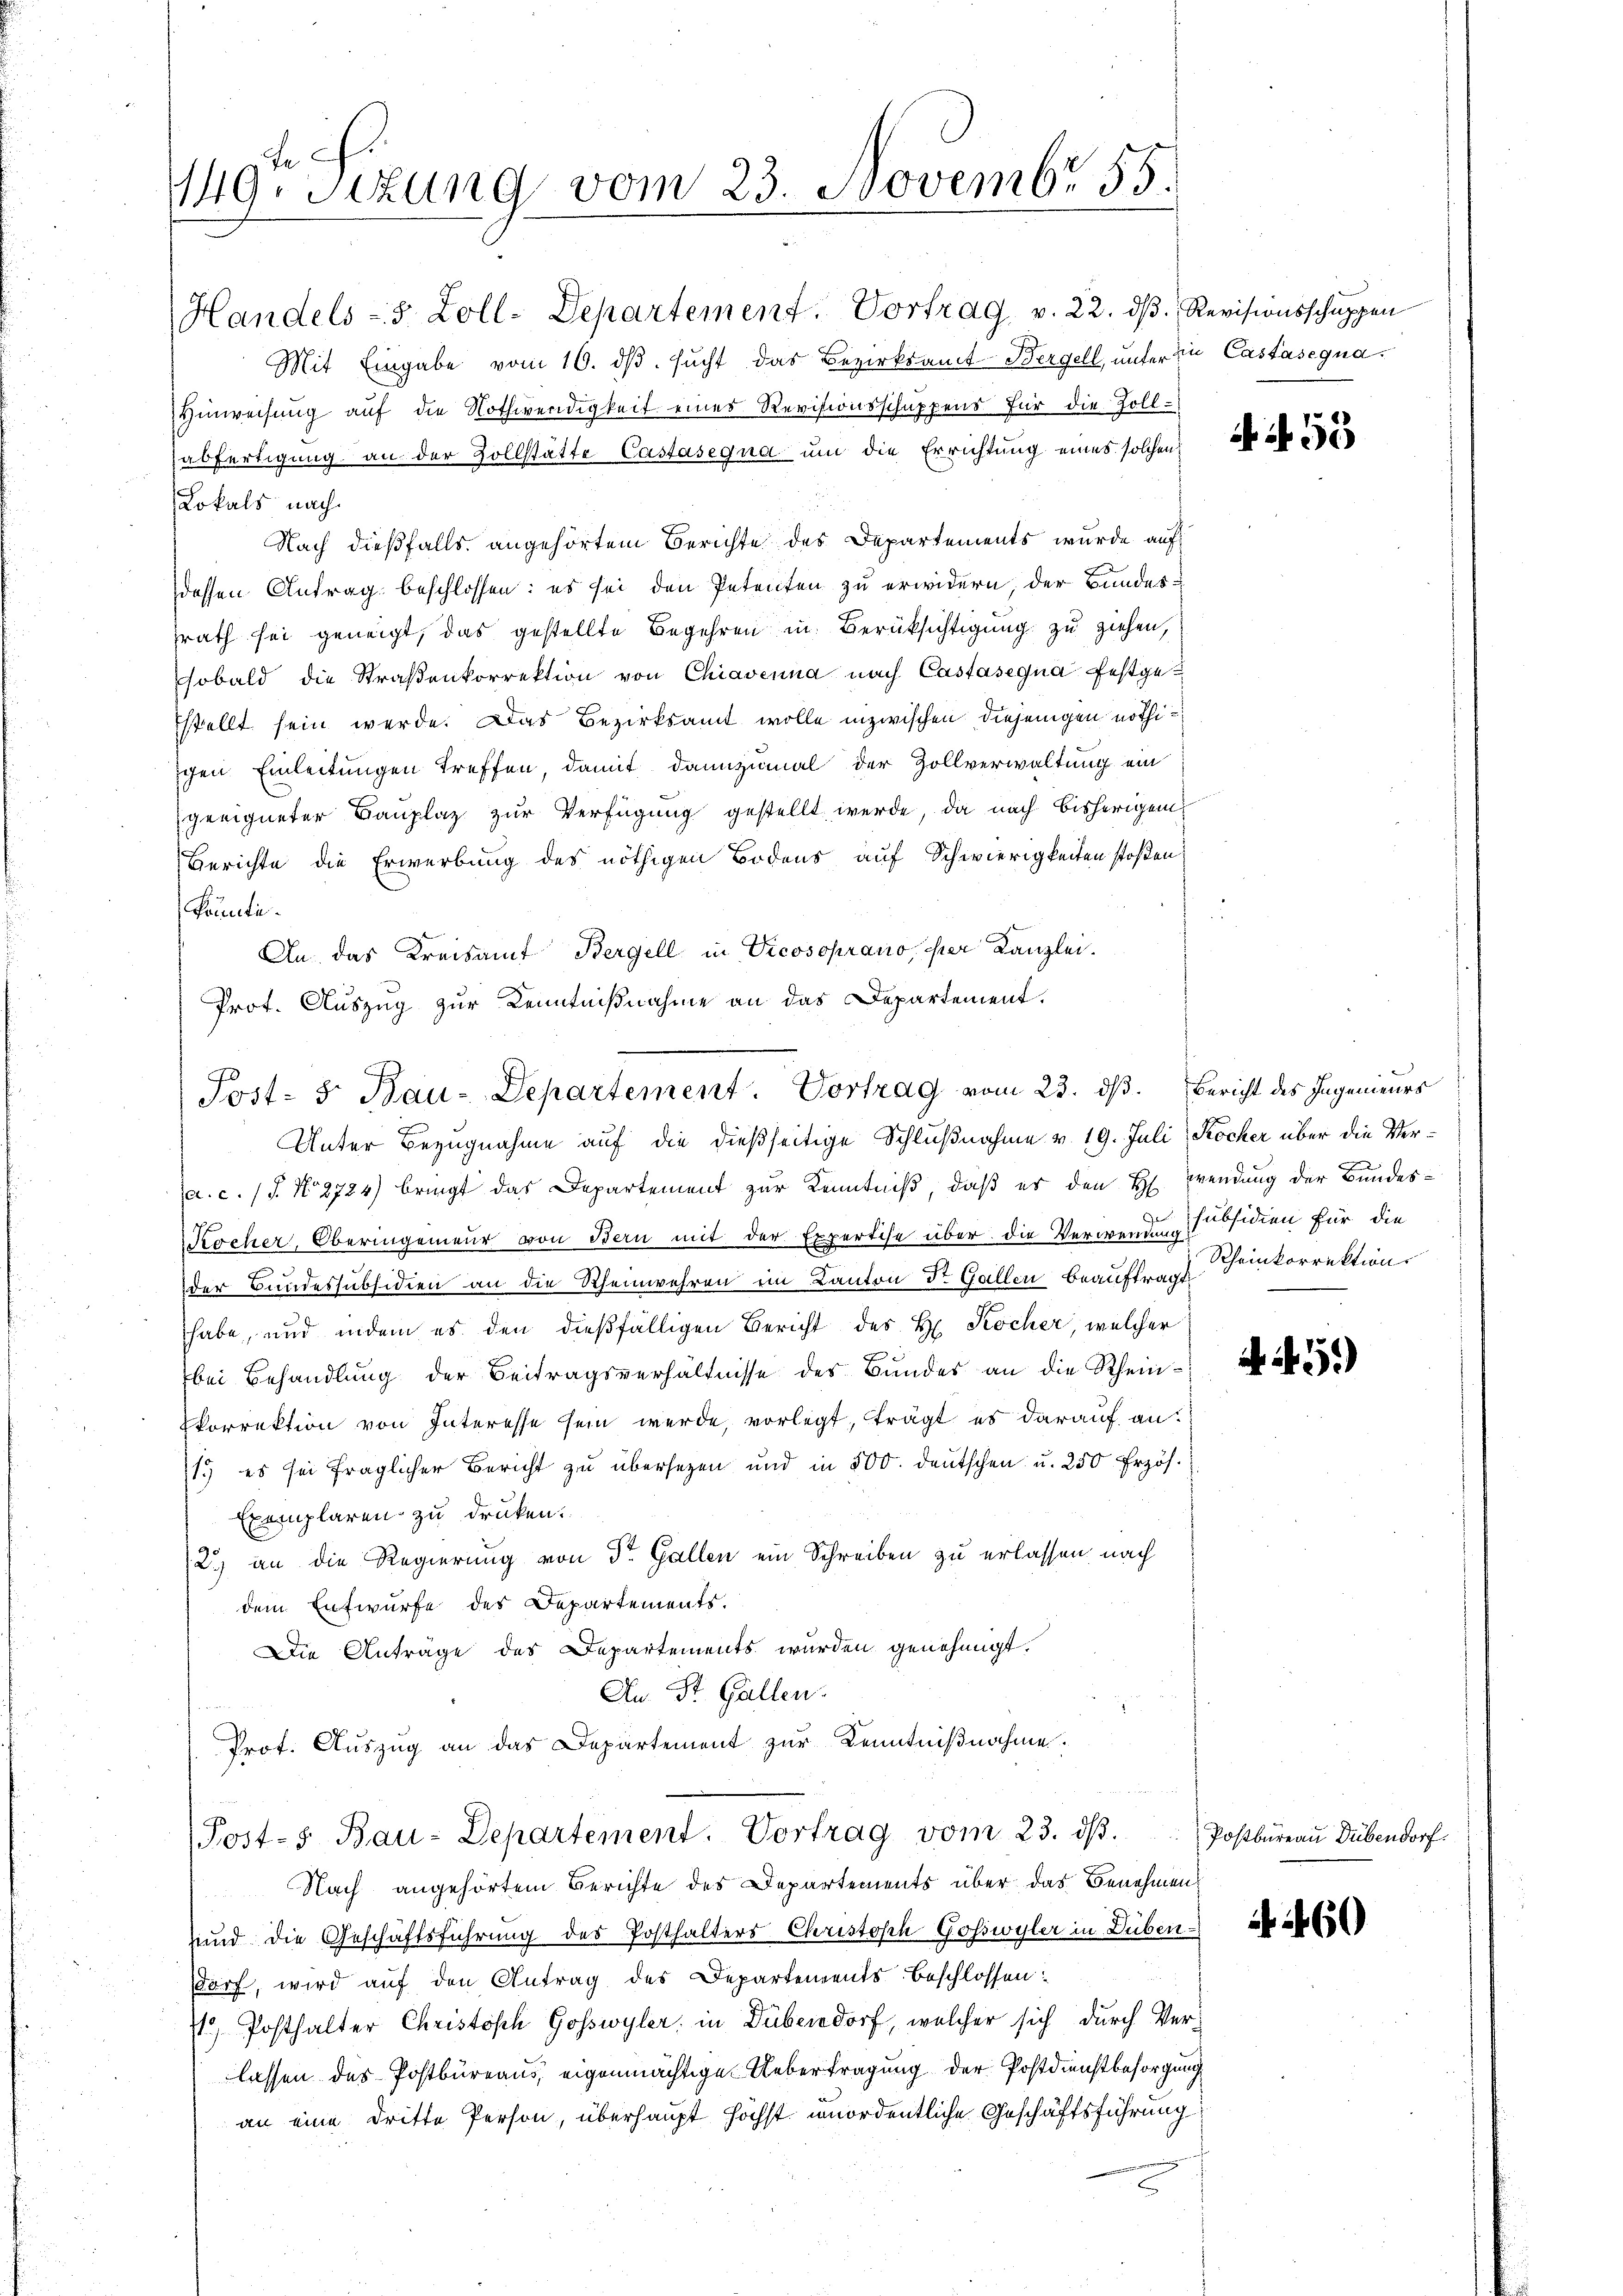
149. Sitzung vom 23. Novembr 55.

Handels- 5 Zoll-Departement. Vortrag v. 22. dß. Revisionsschuppen
Mit Eingabe vom 10. dβ. sucht das Bezirksamt Bergell, unter in Castasegna¬
Hinweisung auf die Nothwendigkeit eines Revisionsschuppens für die Zoll-
abfertigung an der Zollstätte Castasegna um die Errichtung eines solchen
Lokals nach
Nach dießfalls angehörtem Berichte des Departements wurde auf
dessen Antrag beschlossen: es sei den Petenten zu erwidern, der Bundessrath sei geneigt, das gestellte Begehren in Berüksichtigung zu ziehen,
sobald die Straβenkorrektion von Chiavenna nach Castasegna festgetstellt sein werde. Das Bezirksamt wolle inzwischen diejenigen nöthiichen Einleitungen treffen, damit dannzumal der Zollverwaltung ein
geeigneter Bauplaz zur Verfügung gestellt werde, da nach bisherigem
Berichte die Erwerbung des nöthigen Bodens auf Schwierigkeiten stoßen:
könnte.
An das Kreisamt Bergell in Vicosoprano, der Kanzlei.
Prot. Auszug zur Kenntnißnahme an das Departement.

Post- & Bau-Departement. Vortrag vom 23. ds. Bericht des Ingenieurs
Unter Bezugnahme auf die dießseitige Schlußnahme v. 19. Juli Kocher über die Ver¬

Post-s Bau-Departement. Vortrag vom 23. dβ.

a. c. (T. No. 2724) bringt das Departement zur Kenntniß, daß er den H. Wendung der Bundes¬
Kocher, Oberingenieur von Bern mit der Expertise über die Verwendung subsidien für die
der Bandessubsidien an die Rheinwehren im Kanton Dr. Gallen beauftragt
habe, und indem es den dießfälligen Bericht des H. Kocher, welcher
bei Behandlung der Beitragsverhältnisse des Bundes an die Rhein¬
Ekorrektion von Interesse sein werde, vorlegt, trägt es darauf an:
1. es sei fraglicher Bericht zu übersetzen und in 500. deutschen u. 250 Erzös.
Exemplaren zu drucken.
2) an die Regierung von Dr. Gallen ein Schreiben zu erlassen nach
dem Entwurfe des Departements.
Die Anträge des Departements wurden genehmigt.
An St. Gallen.
Prot. Auszug an das Departement zur Kenntnißnahme.

Nach angehörtem Berichte des Departements über das Benehmen
und die Geschäftsführung des Posthalters Christisch Goßwyler in Düben ist i
darf, wird auf den Antrag des Departements beschlossen:
) Posthalter Christoph Gosswyler in Dübendorf, welcher sich durch Verlassen des Postbureaus eigenmächtige Uebertragung der Postdienstbesorgung
an eine dritte Person, überhaupt höchst unordentliche Geschäftsführung

if. 55

s
Rheinkorrektion

.51)

Postbureau Dübendorf.